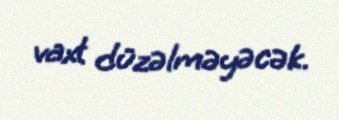
vaxt düzəlməyəcək.